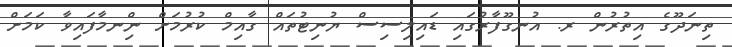
ތިނަދޫގެ އިތުރުން ރ. އުނގޫފާރުގައި ޑައިލިސިސް ޔުނިޓުތައް ގާއިމް ކުރުމަށް ނިްނމާފައިވާ ކަމަށް